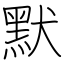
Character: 默